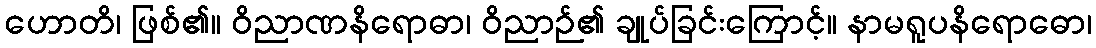
ဟောတိ၊ ဖြစ်၏။ ဝိညာဏနိရောဓာ၊ ဝိညာဉ်၏ ချုပ်ခြင်းကြောင့်။ နာမရူပနိရောဓော၊